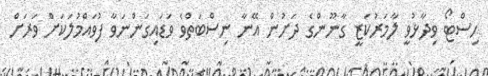
ހިސްޓޯ ވިދާޅުވީ ލާމަރުކަޒީ ގާނޫންގެ ދަށުން އޭނާ ނިސްބަތްވެ ވަޑައިގަންނަވާ ފުވައްމުލަކަށް ވަރަށް